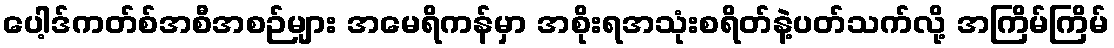
ပေါ့ဒ်ကတ်စ်အစီအစဉ်များ အမေရိကန်မှာ အစိုးရအသုံးစရိတ်နဲ့ပတ်သက်လို့ အကြိမ်ကြိမ်